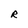
Character: R